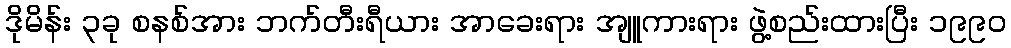
ဒိုမိန်း ၃ခု စနစ်အား ဘက်တီးရီယား အာခေးရား အျူကားရား ဖွဲ့စည်းထားပြီး ၁၉၉၀